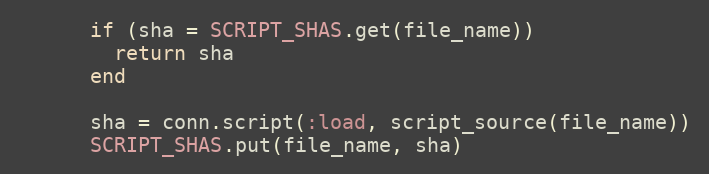
Language: Ruby
      if (sha = SCRIPT_SHAS.get(file_name))
        return sha
      end

      sha = conn.script(:load, script_source(file_name))
      SCRIPT_SHAS.put(file_name, sha)